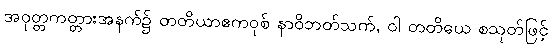
အဝုတ္တကတ္တားအနက်၌ တတိယာဧကဝုစ် နာဝိဘတ်သက်, ဝါ တတိယေ စသုတ်ဖြင့်